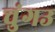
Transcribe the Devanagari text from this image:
चुंगउ